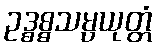
ဥဒ္ဓစ္စသမ္ပယုတ္တံ